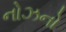
નોઝનો